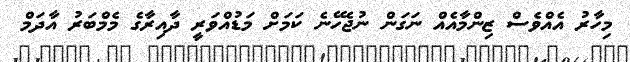
މިހާރު އެއްވެސް ޒިންމާއެއް ނަގަން ނުޖެހޭނެ ކަަމަށް މަޑުއްވަރީ ދާއިރާގެ މެމްބަރު އާދަމް